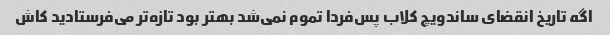
اگه تاریخ انقضای ساندویچ کلاب پس‌فردا تموم نمی‌شد بهتر بود تازه‌تر می‌فرستادید کاش